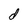
Character: d